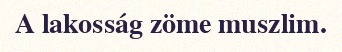
A lakosság zöme muszlim.